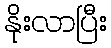
နိုးလာပြီး